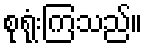
စုရုံးကြသည်။